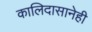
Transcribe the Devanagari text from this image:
कालिदासानेही